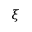
\xi